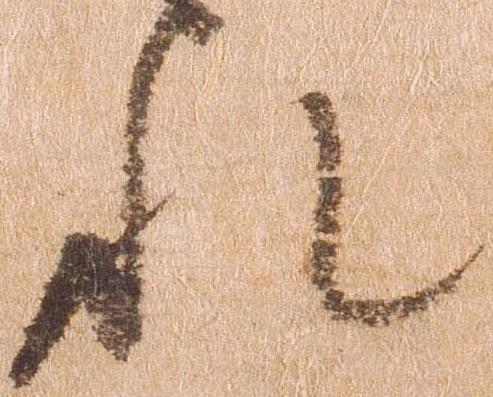
れ